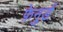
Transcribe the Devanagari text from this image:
फ़ेनुर्ड